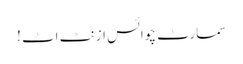
سمارٹ چوائس ازنٹ اٹ !